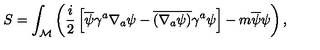
S = \int _ { \mathcal M } \left( { \frac { i } { 2 } } \left[ \overline { \psi } \gamma ^ { a } \nabla _ { a } \psi - \overline { { ( \nabla _ { a } \psi ) } } \gamma ^ { a } \psi \right] - m \overline { \psi } \psi \right) ,